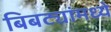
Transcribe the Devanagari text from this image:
बिबट्यांमध्ये